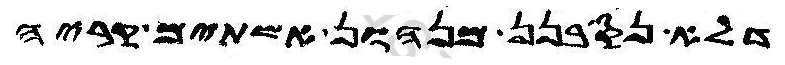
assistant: דלא נסבנן מנהון אשתים קריה